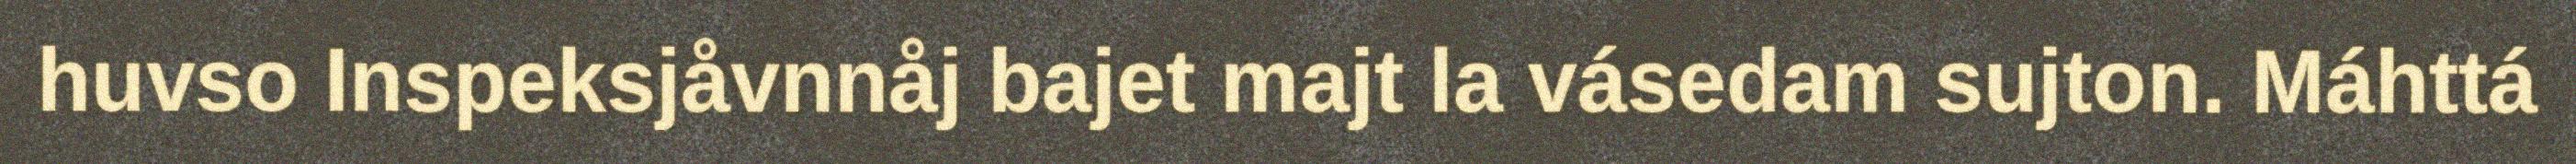
huvso Inspeksjåvnnåj bajet majt la vásedam sujton. Máhttá